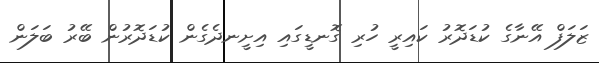
ޒަލަފް އޭނާގެ ކުޑަދޮރު ކައިރީ ހުރި ގޮނޑީގައި އިށީނދެގެން ކުޑަދޮރުން ބޭރު ބަލަން